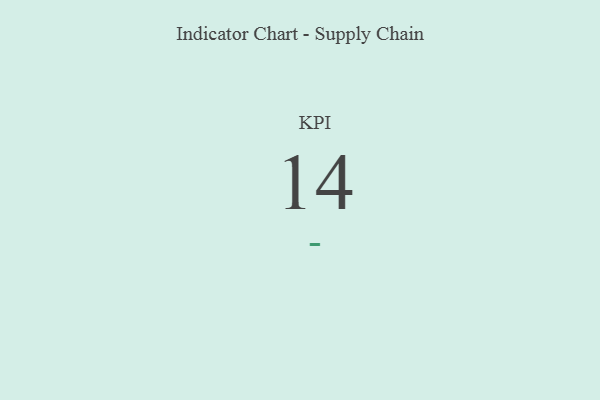
{"axis": {"x": "KPI", "y": "Value"}, "legend": [""], "data": [{"x": "KPI", "y": 14, "type": ""}]}